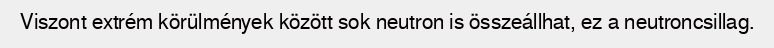
Viszont extrém körülmények között sok neutron is összeállhat, ez a neutroncsillag.